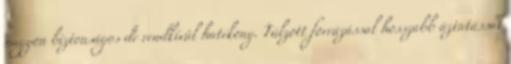
nagyon biztonságos de rendkívül hatékony. Túlzott forrázással hosszabb áztatással